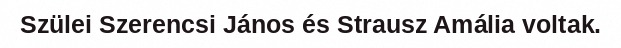
Szülei Szerencsi János és Strausz Amália voltak.